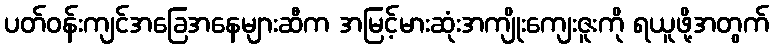
ပတ်ဝန်းကျင်အခြေအနေများဆီက အမြင့်မားဆုံးအကျိုးကျေးဇူးကို ရယူဖို့အတွက်